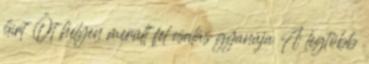
hírt Öt helyen merült fel csalás gyanúja A legtöbb